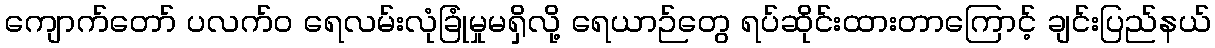
ကျောက်တော် ပလက်၀ ရေလမ်းလုံခြုံမှုမရှိလို့ ရေယာဉ်တွေ ရပ်ဆိုင်းထားတာကြောင့် ချင်းပြည်နယ်